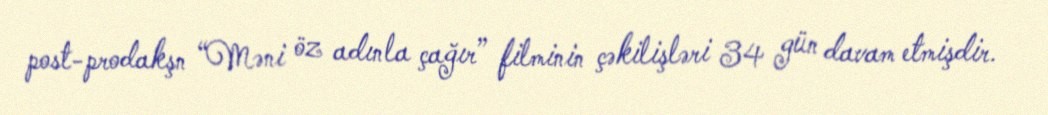
post-prodakşn “Məni öz adınla çağır” filminin çəkilişləri 34 gün davam etmişdir.